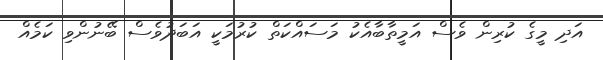
އަދި މީގެ ކުރިން ވެސް އަމީތާބާއެކު މަސައްކަތް ކުރުމަކީ އަބަދުވެސް ބޭނުންވި ކަމެއް